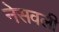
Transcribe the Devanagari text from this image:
नेसवली